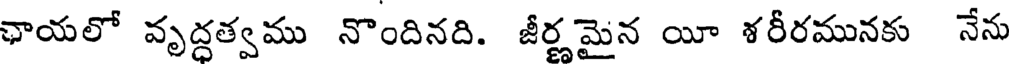
ఛాయలో వృద్దత్వము నొందినది. జీర్ణమైన యీ శరీరమునకు నేను